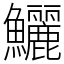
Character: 鱺